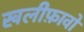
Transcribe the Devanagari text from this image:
खलीफ़ावों